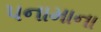
પનામાના